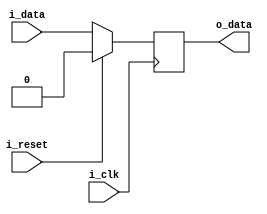
module IO_Block (
input wire i_clk,
input wire i_reset,
input wire i_data,
output reg o_data
);

always @ (posedge i_clk) begin
if (i_reset) begin
o_data <= 1'b0;
end else begin
o_data <= i_data;
end
end

endmodule